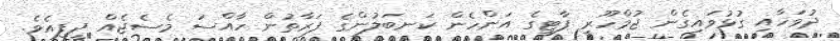
ދުވަހާއި ގުޅުވައިގެން ޖުމްހޫރީ ޕާޓީގެ އަންހެން ކަނބަލުންގެ ފަރާތުން ހާއްސަ މެސެޖެއް ދީފިއެވެ.